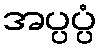
အပ္ပပ္ပံ